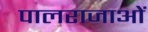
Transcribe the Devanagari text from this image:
पालराजाओं